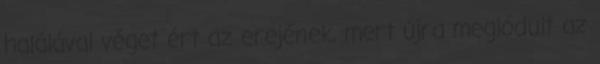
halálával véget ért az erejének, mert újra meglódult az